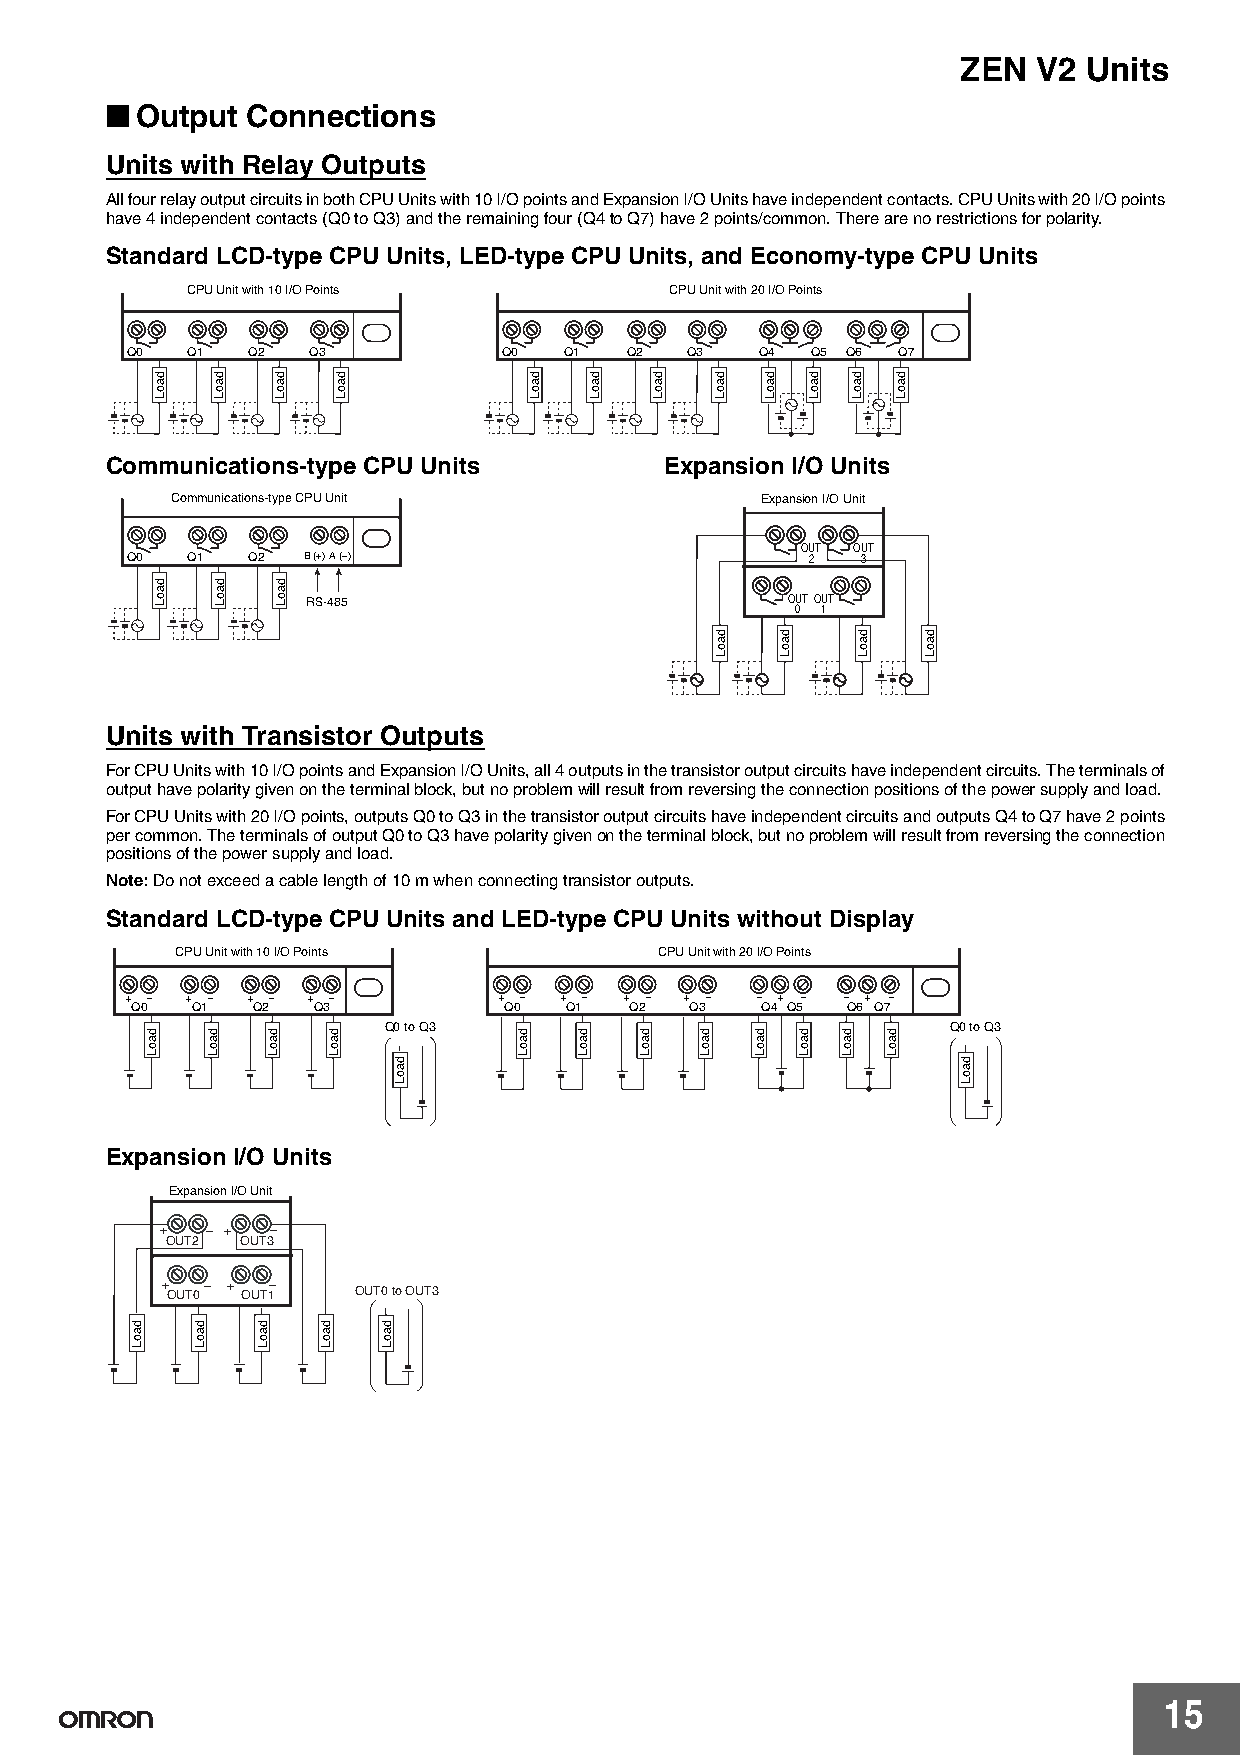
ZEN  V2 Units
 ■
 Output Connections
 Units with Relay Outputs
 All four relay output circuits in both CPU Units with 10 I/O points and Expansion I/O Units have independent contacts. CPU Units with 20 I/O points
 have 4 independent contacts (Q0 to Q3) and the remaining four (Q4 to Q7) have 2 points/common. There are no restrictions for polarity.
 Standard LCD-type CPU Units, LED-type CPU Units, and Economy-type CPU Units
 CPU Unit with 10 I/O Points     CPU Unit with 20 I/O Points
 Q0  Q1  Q2  Q3           Q0  Q1  Q2  Q3   Q4  Q5 Q6 Q7
 Communications-type CPU Units        Expansion I/O Units
 Communications-type CPU Unit           Expansion I/O Unit
 OUT OUT
 Q0  Q1  Q2  B (+)A (−)                        2  3
 RS-485                          OUTOUT
 0 1
 Units with Transistor Outputs
 For CPU Units with 10 I/O points and Expansion I/O Units, all 4 outputs in the transistor output circuits have independent circuits. The terminals of
 output have polarity given on the terminal block, but no problem will result from reversing the connection positions of the power supply and load.
 For CPU Units with 20 I/O points, outputs Q0 to Q3 in the transistor output circuits have independent circuits and outputs Q4 to Q7 have 2 points
 per common. The terminals of output Q0 to Q3 have polarity given on the terminal block, but no problem will result from reversing the connection
 positions of the power supply and load.
 Note:Do not exceed a cable length of 10 m when connecting transistor outputs.
 Standard LCD-type CPU Units and LED-type CPU Units without Display
 CPU Unit with 10 I/O Points     CPU Unit with 20 I/O Points
 + − + − + − + −          + − + − + − + −  − + − − + −
 Q0  Q1  Q2  Q3          Q0  Q1   Q2  Q3  Q4 Q5 Q6 Q7
 Q0 to Q3                              Q0 to Q3
 Expansion I/O Units
 Expansion I/O Unit
 +  − + −
 OUT2 OUT3
 + OUT0− + OUT1− OUT0 to OUT3
 15
 daoL
 daoL
 daoL
 daoL
 daoL
 daoL
 daoL
 daoL
 daoL
 daoL
 daoL
 daoL
 daoL
 daoL
 daoL
 daoL
 daoL
 daoL
 daoL
 daoL
 daoL
 daoL
 daoL
 daoL
 daoL
 daoL
 daoL
 daoL
 daoL
 daoL
 daoL
 daoL
 daoL
 daoL
 daoL
 daoL
 daoL
 daoL